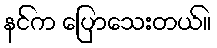
နင်က ပြောသေးတယ်။